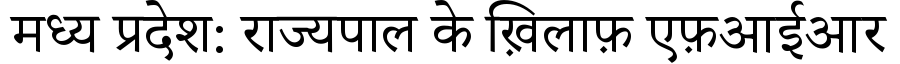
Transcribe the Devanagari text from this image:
मध्य प्रदेश: राज्यपाल के ख़िलाफ़ एफ़आईआर